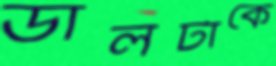
ডালটাকে